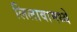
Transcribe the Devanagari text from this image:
लिलावामध्ये